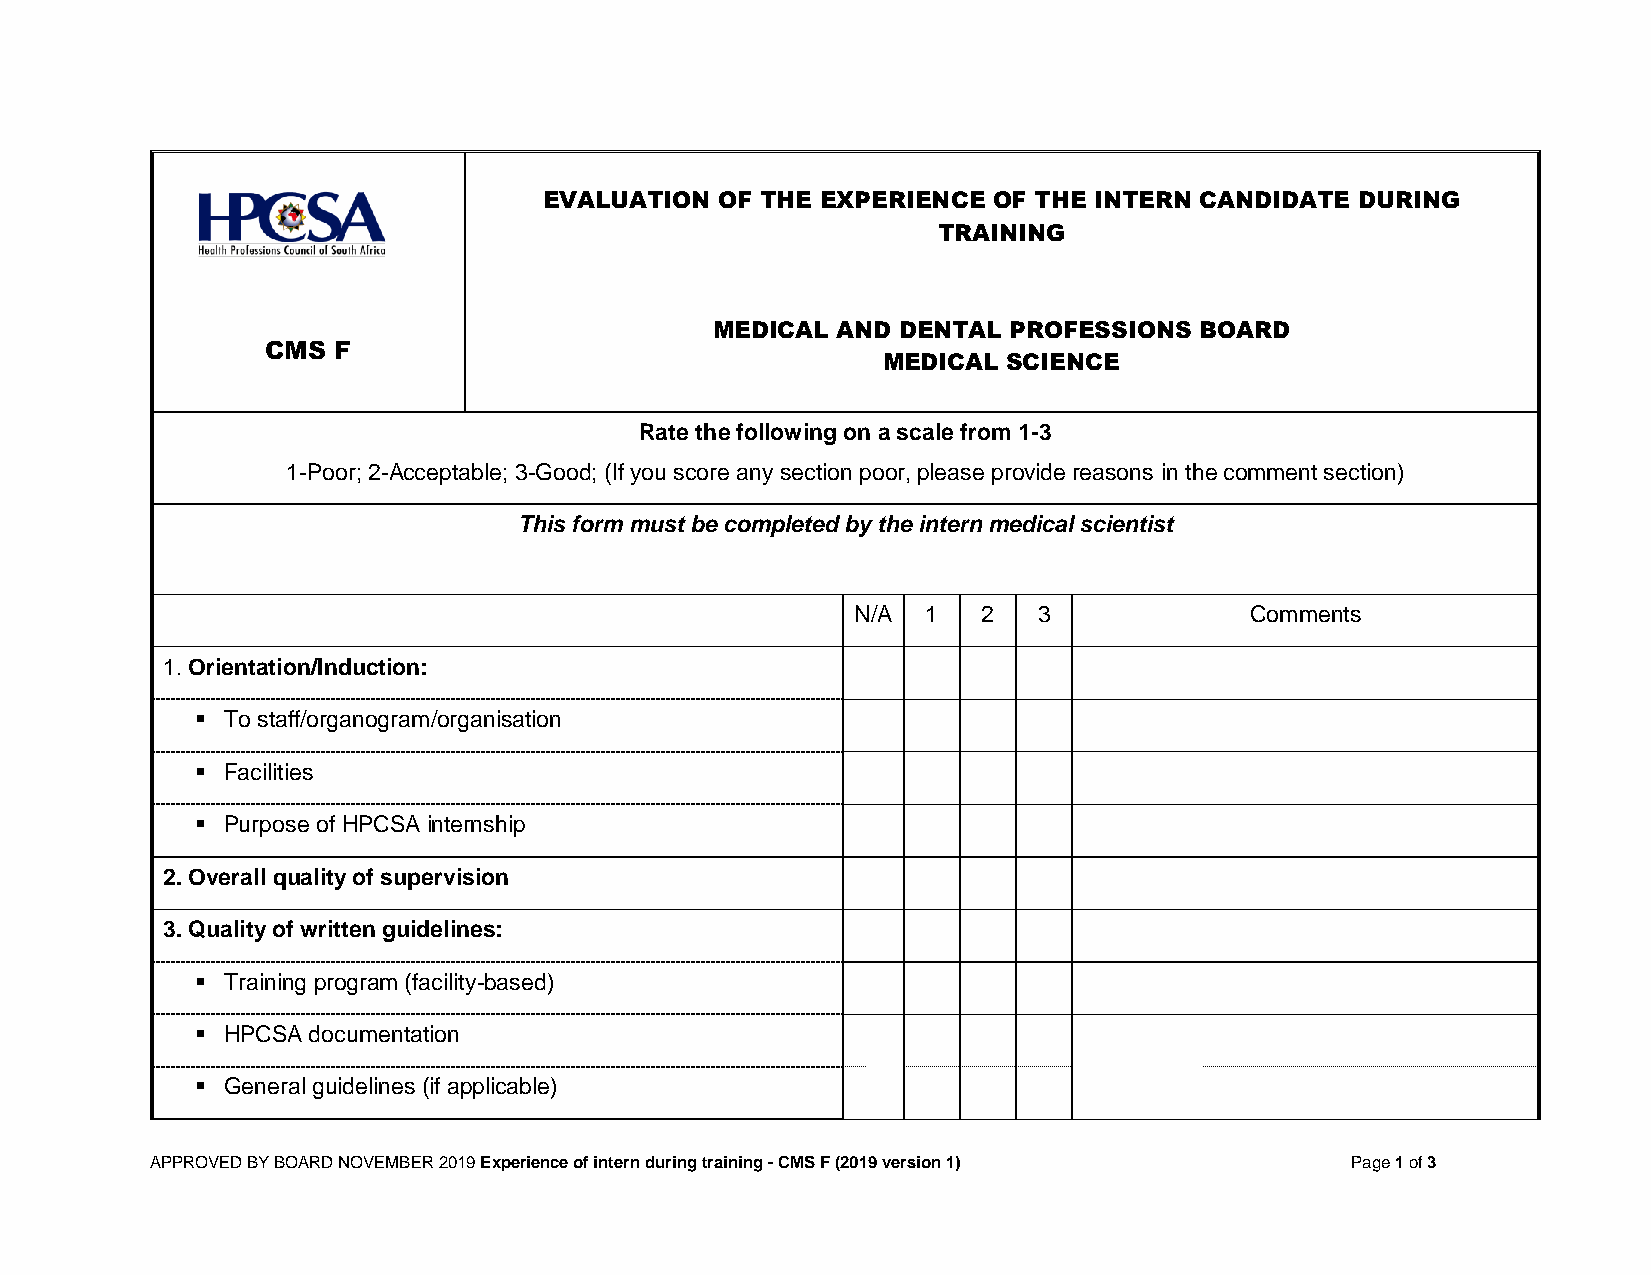
EVALUATION  OF THE EXPERIENCE OF THE INTERN CANDIDATE DURING
 TRAINING
 MEDICAL AND  DENTAL PROFESSIONS BOARD
 CMS F
 MEDICAL  SCIENCE
 Rate the following on a scale from 1-3
 1-Poor; 2-Acceptable; 3-Good; (If you score any section poor, please provide reasons in the comment section)
 This form must be completed by the intern medical scientist
 N/A 1   2   3             Comments
 1. Orientation/Induction:
 ▪ To staff/organogram/organisation
 ▪ Facilities
 ▪ Purpose of HPCSA internship
 2. Overall quality of supervision
 3. Quality of written guidelines:
 ▪ Training program (facility-based)
 ▪ HPCSA documentation
 ▪ General guidelines (if applicable)
 APPROVED BY BOARD NOVEMBER 2019 Experience of intern during training - CMS F (2019 version 1) Page 1 of 3